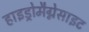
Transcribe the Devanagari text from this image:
हाइड्रोमैग्नेसाइट